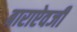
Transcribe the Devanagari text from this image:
बाराऐवजी